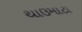
થાઉમાટા